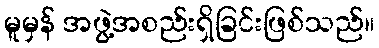
မူမှန် အဖွဲ့အစည်းရှိခြင်းဖြစ်သည်။